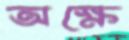
অক্ষে